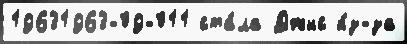
19631963-09-011 ста́ла Джис и́з-за